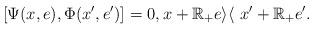
LaTeX: \begin{align*}\left[\Psi(x,e),\Phi(x^{\prime},e^{\prime})\right]_{}=0, x+\mathbb{R}_{+}e\rangle\langle~x^{\prime}+\mathbb{R}_{+}e^{\prime}.\end{align*}